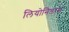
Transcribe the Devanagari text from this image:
लियोनिडास